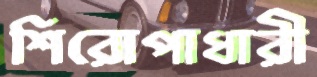
শিরোপাধারী